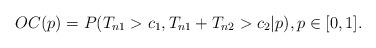
LaTeX: \begin{align*} OC(p) = P( T_{n1} > c_1, T_{n1} + T_{n2} > c_2 | p ), p \in [0,1].\end{align*}